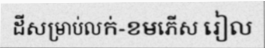
ដីសម្រាប់លក់-ខមភើស រៀល